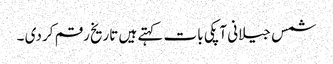
شمس جیلانی آپکی بات کہتے ہیں تاریخ رقم کر دی ۔